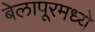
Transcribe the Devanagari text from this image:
बेलापूरमध्ये